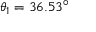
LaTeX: \theta _ { 1 } = 3 6 . 5 3 ^ { \circ }